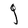
Character: g